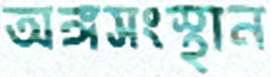
অঙ্গসংস্থান